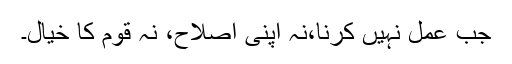
جب عمل نہیں کرنا،نہ اپنی اصلاح، نہ قوم کا خیال۔